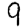
Digit: 9